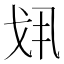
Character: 𢦚